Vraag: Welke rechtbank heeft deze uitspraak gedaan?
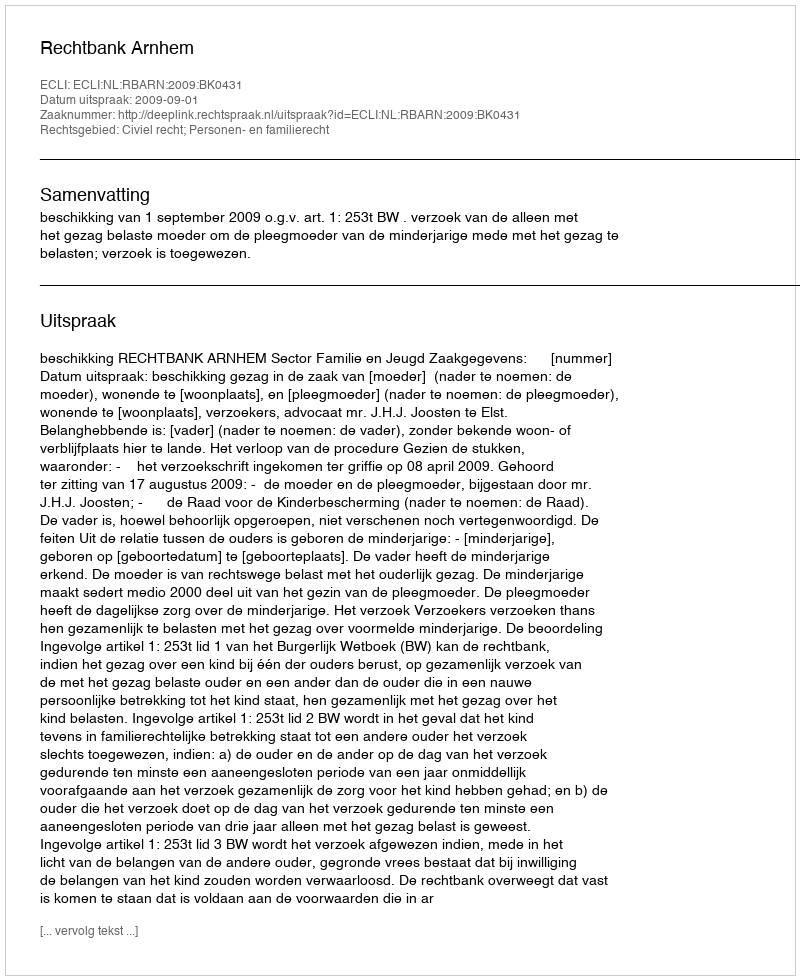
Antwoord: Rechtbank Arnhem